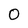
Character: O